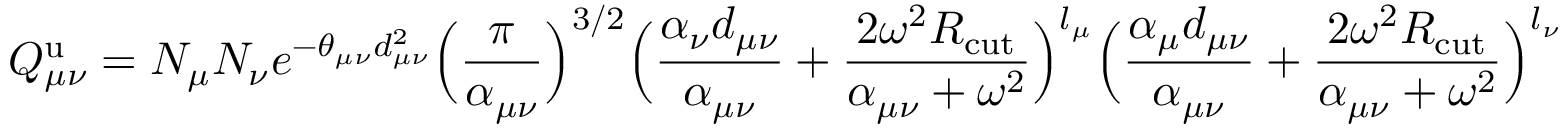
Q _ { \mu \nu } ^ { \mathrm { u } } = N _ { \mu } N _ { \nu } e ^ { - \theta _ { \mu \nu } d _ { \mu \nu } ^ { 2 } } \Big ( \frac { \pi } { \alpha _ { \mu \nu } } \Big ) ^ { 3 / 2 } \Big ( \frac { \alpha _ { \nu } d _ { \mu \nu } } { \alpha _ { \mu \nu } } + \frac { 2 \omega ^ { 2 } R _ { \mathrm { c u t } } } { \alpha _ { \mu \nu } + \omega ^ { 2 } } \Big ) ^ { l _ { \mu } } \Big ( \frac { \alpha _ { \mu } d _ { \mu \nu } } { \alpha _ { \mu \nu } } + \frac { 2 \omega ^ { 2 } R _ { \mathrm { c u t } } } { \alpha _ { \mu \nu } + \omega ^ { 2 } } \Big ) ^ { l _ { \nu } }